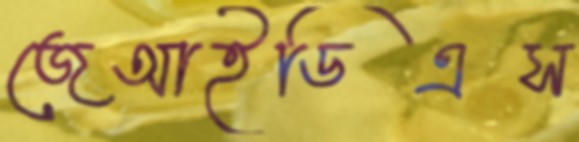
জেআইডিএস